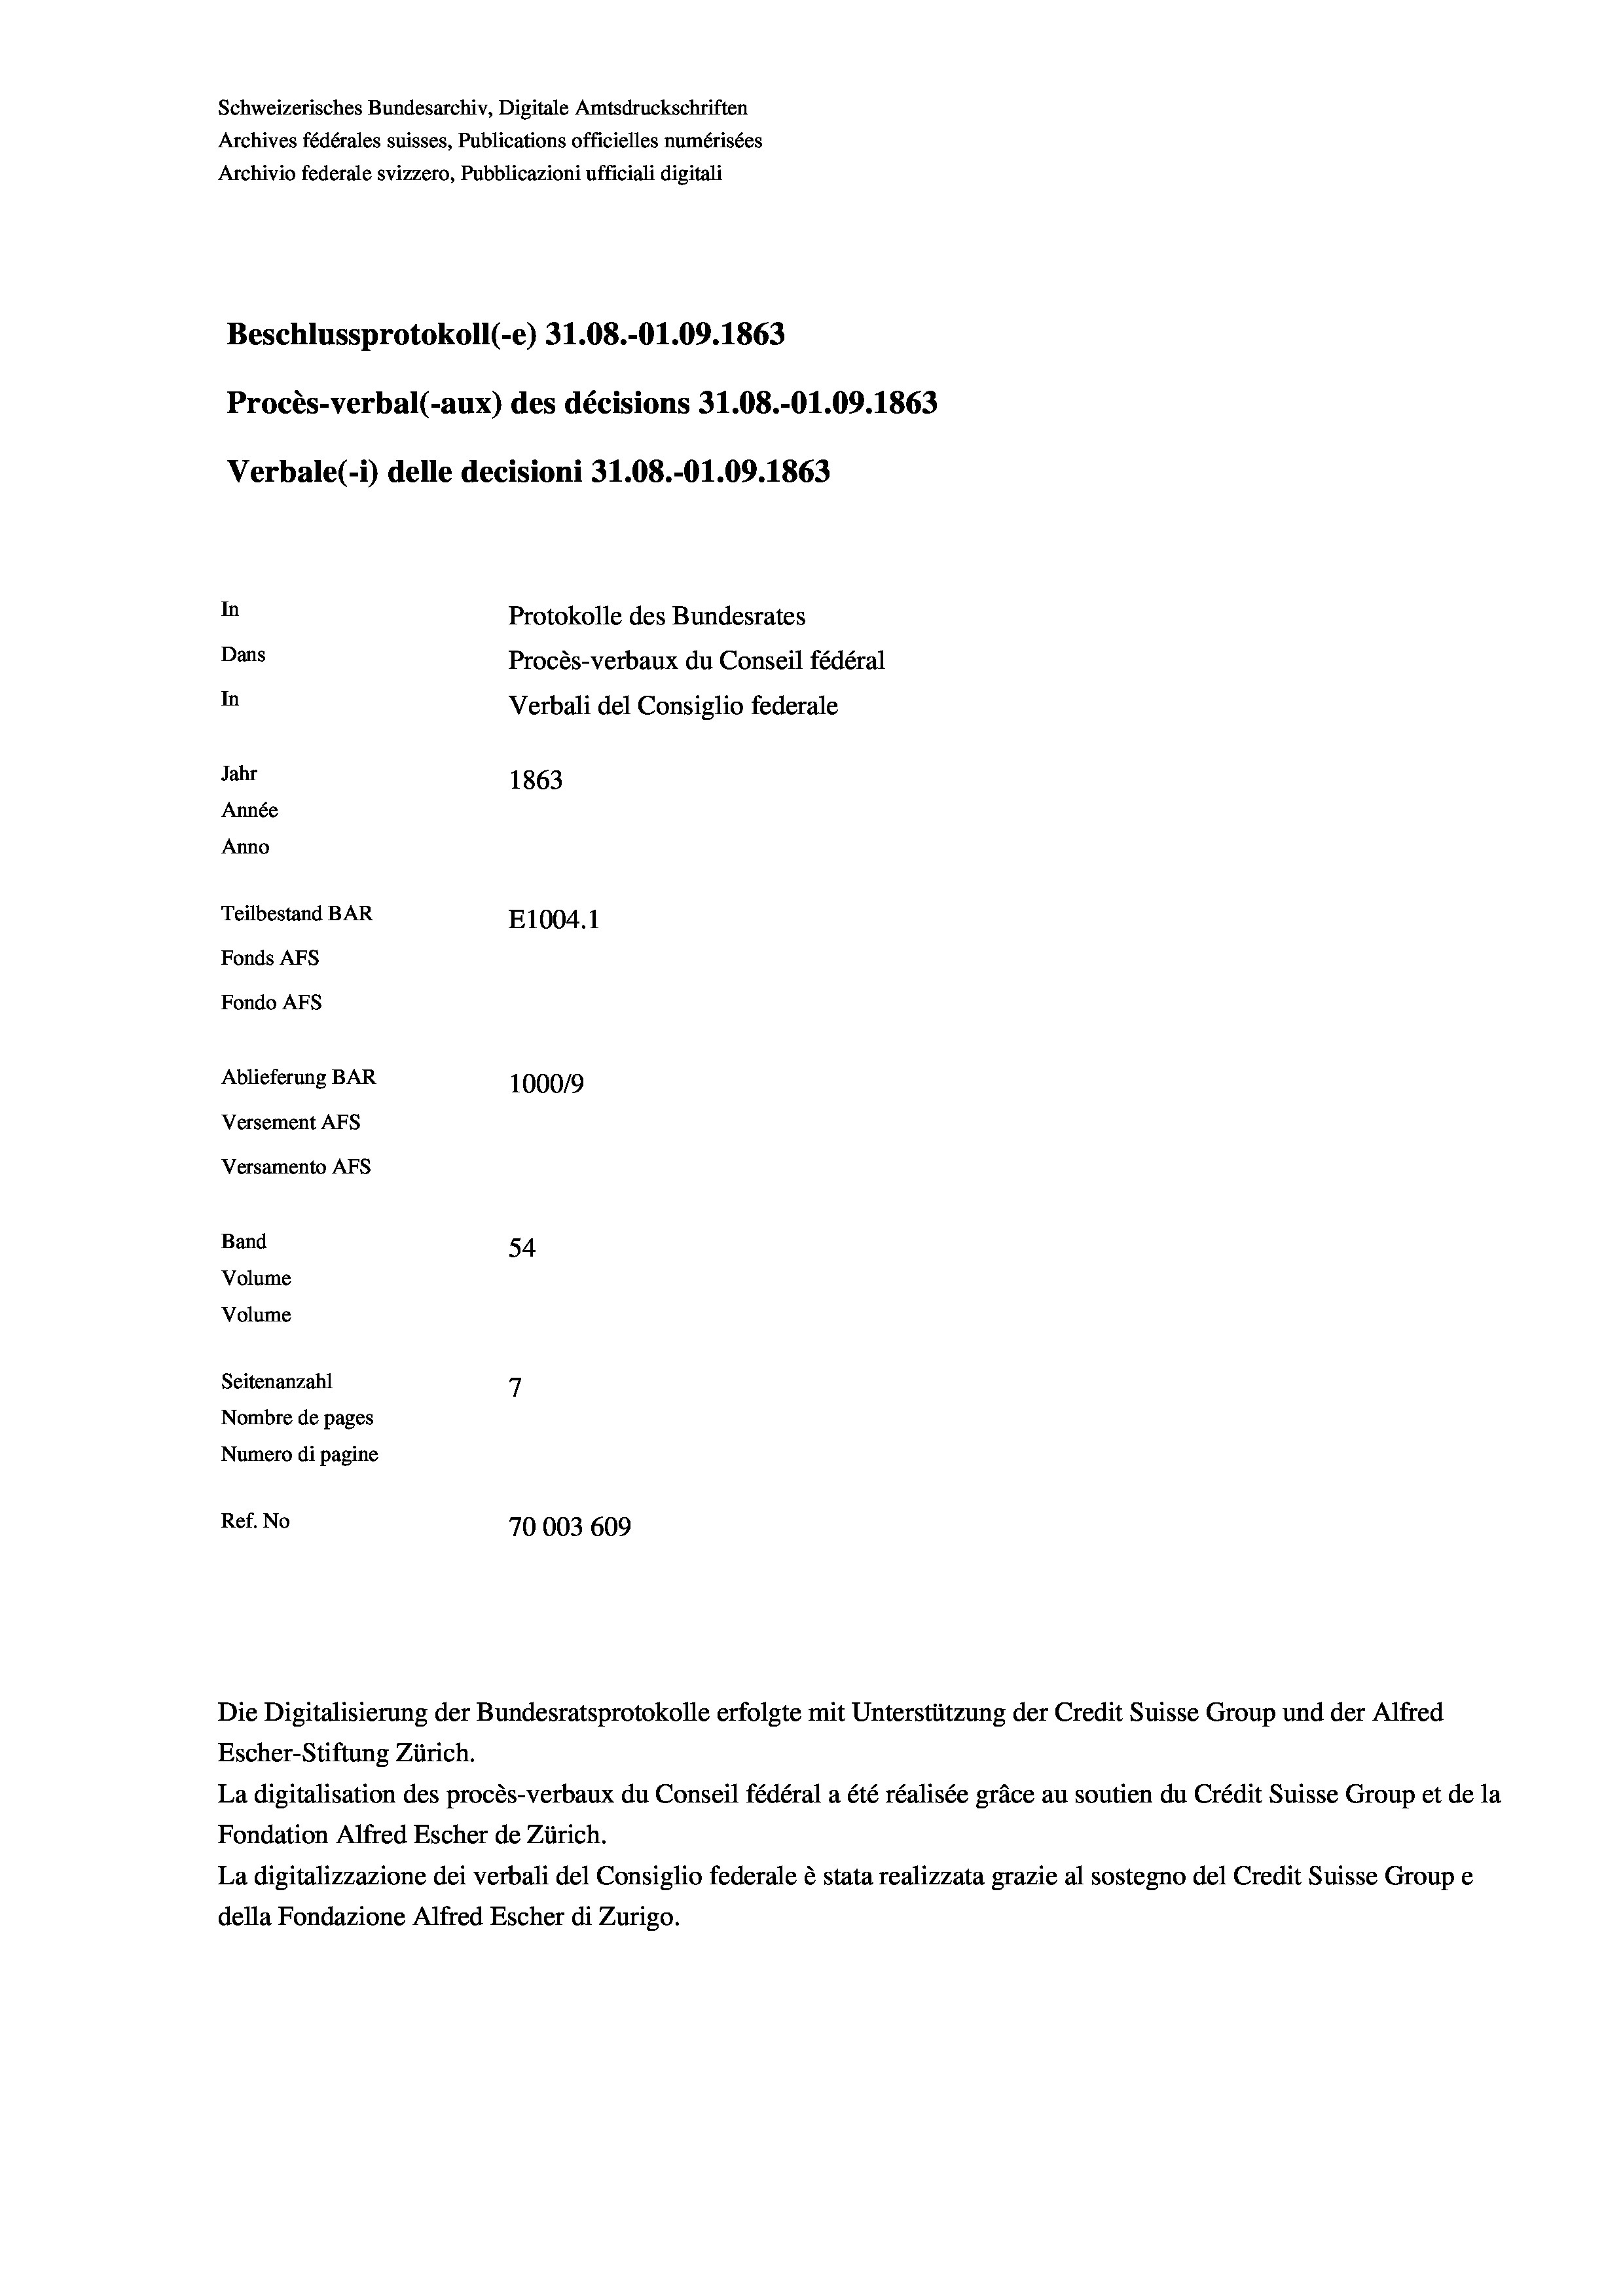
Schweizerisches Bundesarchiv, Digitale Amtsdruckschriften
Archives fédérales suisses, Publications officielles numérisées
Archivio federale svizzero, Pubblicazioni ufficiali digitali
Beschlussprotokoll (-e) 31.08.-01.09. 1863
Procès-verbal (-aux) des décisions 31.08.-01.09. 1863
In
Protokolle des Bundesrates
Dans
Procès-verbaux du Conseil fédéral
In
Verbali del Consiglio federale
Jahr
1863
Année
Anno
Teilbestand BAR
E1004. 1
Fonds AFs
Fondo AFs

Ablieferung BAR
Versement AFs
Versamento AFs
Band
Volume
Volume

Verbale(-*) delle decisioni 31.08.-O1.09. 1863

54
7
Seitenanzahl
Nombre de pages
Numero di pagine
Ref. No
70003 609

100019

Escher-Stiftung Zürich.
La digitalisation des procès-verbaux du Conseil fédéral a été réalisée gräce au soutien du Crédit Suisse Group et de la
Fondation Alfred Escher de Zürich.
La digitalizzazione dei verbali del Consiglio federale è stata realizzata grazie al sostegno del Credit Suisse Groupe
della Fondazione Alfred Escher di Zurigo.

Die Digitalisierung der Bundesratsprotokolle erfolgte mit Unterstützung der Credit Suisse Group und der Alfred